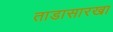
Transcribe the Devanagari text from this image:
ताडासारखा